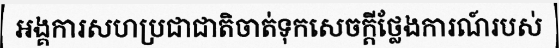
អង្គការសហប្រជាជាតិចាត់ទុកសេចក្តីថ្លែងការណ៍របស់